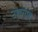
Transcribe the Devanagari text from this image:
उसगांव